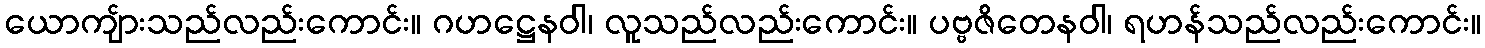
ယောကျ်ားသည်လည်းကောင်း။ ဂဟဋ္ဌေနဝါ၊ လူသည်လည်းကောင်း။ ပဗ္ဗဇိတေနဝါ၊ ရဟန်သည်လည်းကောင်း။